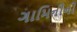
ગામિનીની